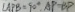
\angle A P B = 9 0 ^ { \circ } , A P = B P